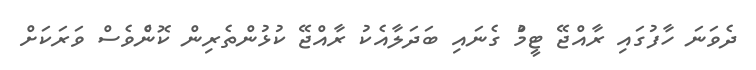
ދެވަނަ ހާފުގައި ރާއްޖޭ ޓީމުް ގެނައި ބަދަލާއެކު ރާއްޖޭ ކުޅުންތެރިން ކޮންެވެސް ވަރަކަށް